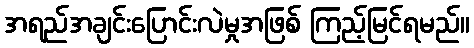
အရည်အချင်းပြောင်းလဲမှုအဖြစ် ကြည့်မြင်ရမည်။